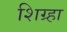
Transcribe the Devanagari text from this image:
शिग्र्हा